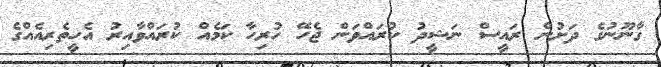
ގާނޫނުގެ ދަށުން ރައީސް ނަޝީދު ކުރައްވަން ޖެހޭ ހުރިހާ ކަމެއް ކުރައްވާއިރު އެހީތެރިއެއްގެ